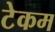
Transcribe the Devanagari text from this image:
टेकम